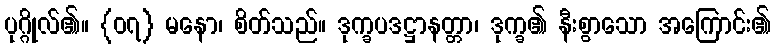
ပုဂ္ဂိုလ်၏။ {၀၇} မနော၊ စိတ်သည်။ ဒုက္ခပဒဋ္ဌာနတ္တာ၊ ဒုက္ခ၏ နီးစွာသော အကြောင်း၏